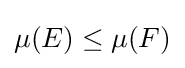
\mu (E)\leq \mu (F)